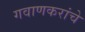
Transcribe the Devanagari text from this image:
गवाणकरांचे